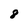
Character: 8